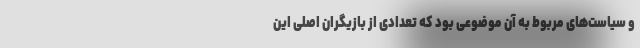
و سیاست‌های مربوط به آن موضوعی بود که تعدادی از بازیگران اصلی این